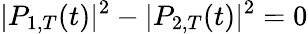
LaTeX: |P_{1,T}(t)|^{2}-|P_{2,T}(t)|^{2}=0